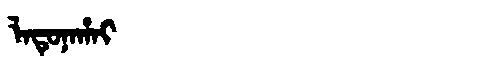
Manchu: ᠯᠠᡨᡠᠨᠠᡥᠠᡳ
Romanization: LATUNAHAI